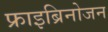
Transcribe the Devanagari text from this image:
फ्राइब्रिनोजन